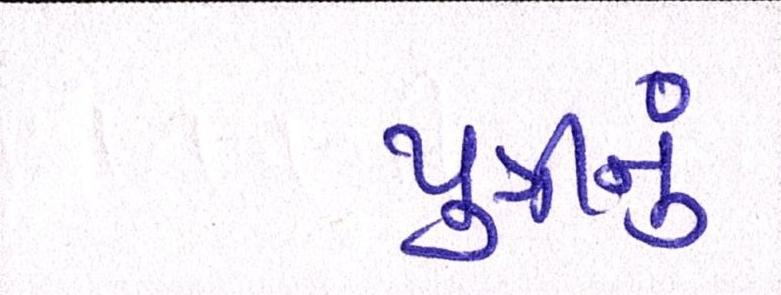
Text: પુત્રીનું